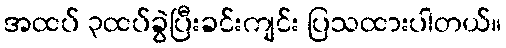
အထပ် ၃ထပ်ခွဲပြီးခင်းကျင်း ပြသထားပါတယ်။